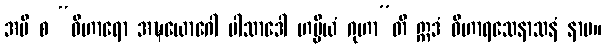
အပိ စ “ဝိဟာရော အဍ္ဎယောဂေါ ပါသာဒေါ ဟမ္မိယံ ဂုဟာ”တိ ဣဒံ ဝိဟာရသေနာသနံ နာမ။